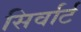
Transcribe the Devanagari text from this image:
सिर्वार्ट